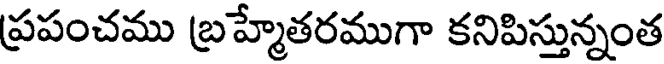
ప్రపంచము బ్రహ్మేతరముగా కనిపిస్తున్నంత